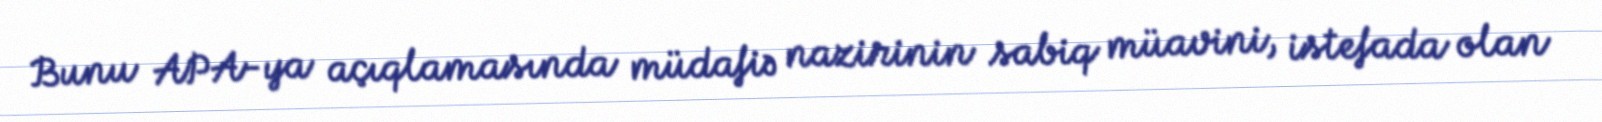
Bunu APA-ya açıqlamasında müdafiə nazirinin sabiq müavini, istefada olan